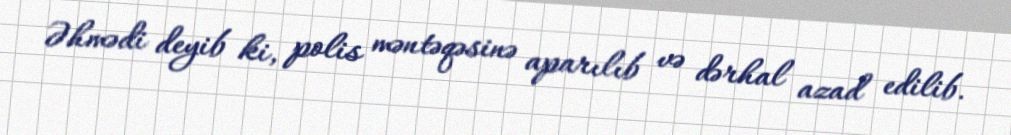
Əhmədi deyib ki, polis məntəqəsinə aparılıb və dərhal azad edilib.